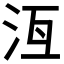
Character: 𬇛